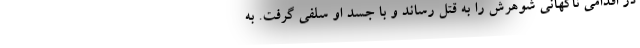
در اقدامی ناگهانی شوهرش را به قتل رساند و با جسد او سلفی گرفت. به